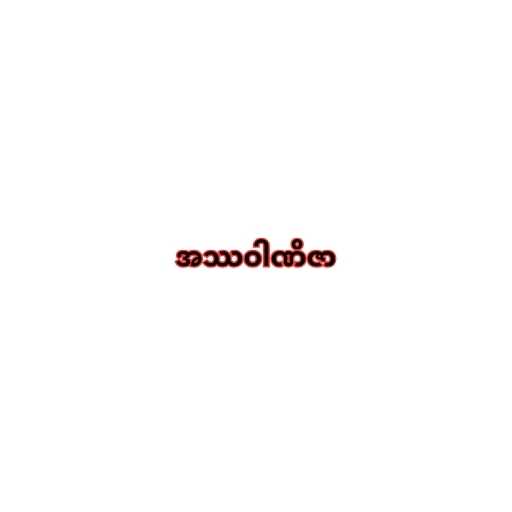
အဿဝါဏိဇာ